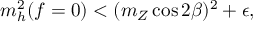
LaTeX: m _ { h } ^ { 2 } ( f = 0 ) < ( m _ { Z } \cos 2 \beta ) ^ { 2 } + \epsilon ,